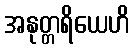
အနုတ္တရိယေဟိ